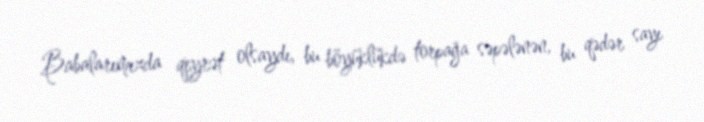
Babalarımızda qeyrət olsaydı, bu böyüklükdə torpağa səpələnən, bu qədər sayı